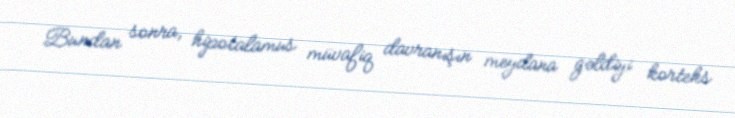
Bundan sonra, hipotalamus müvafiq davranışın meydana gəldiyi korteks